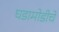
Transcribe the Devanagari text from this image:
घडामोडीचें